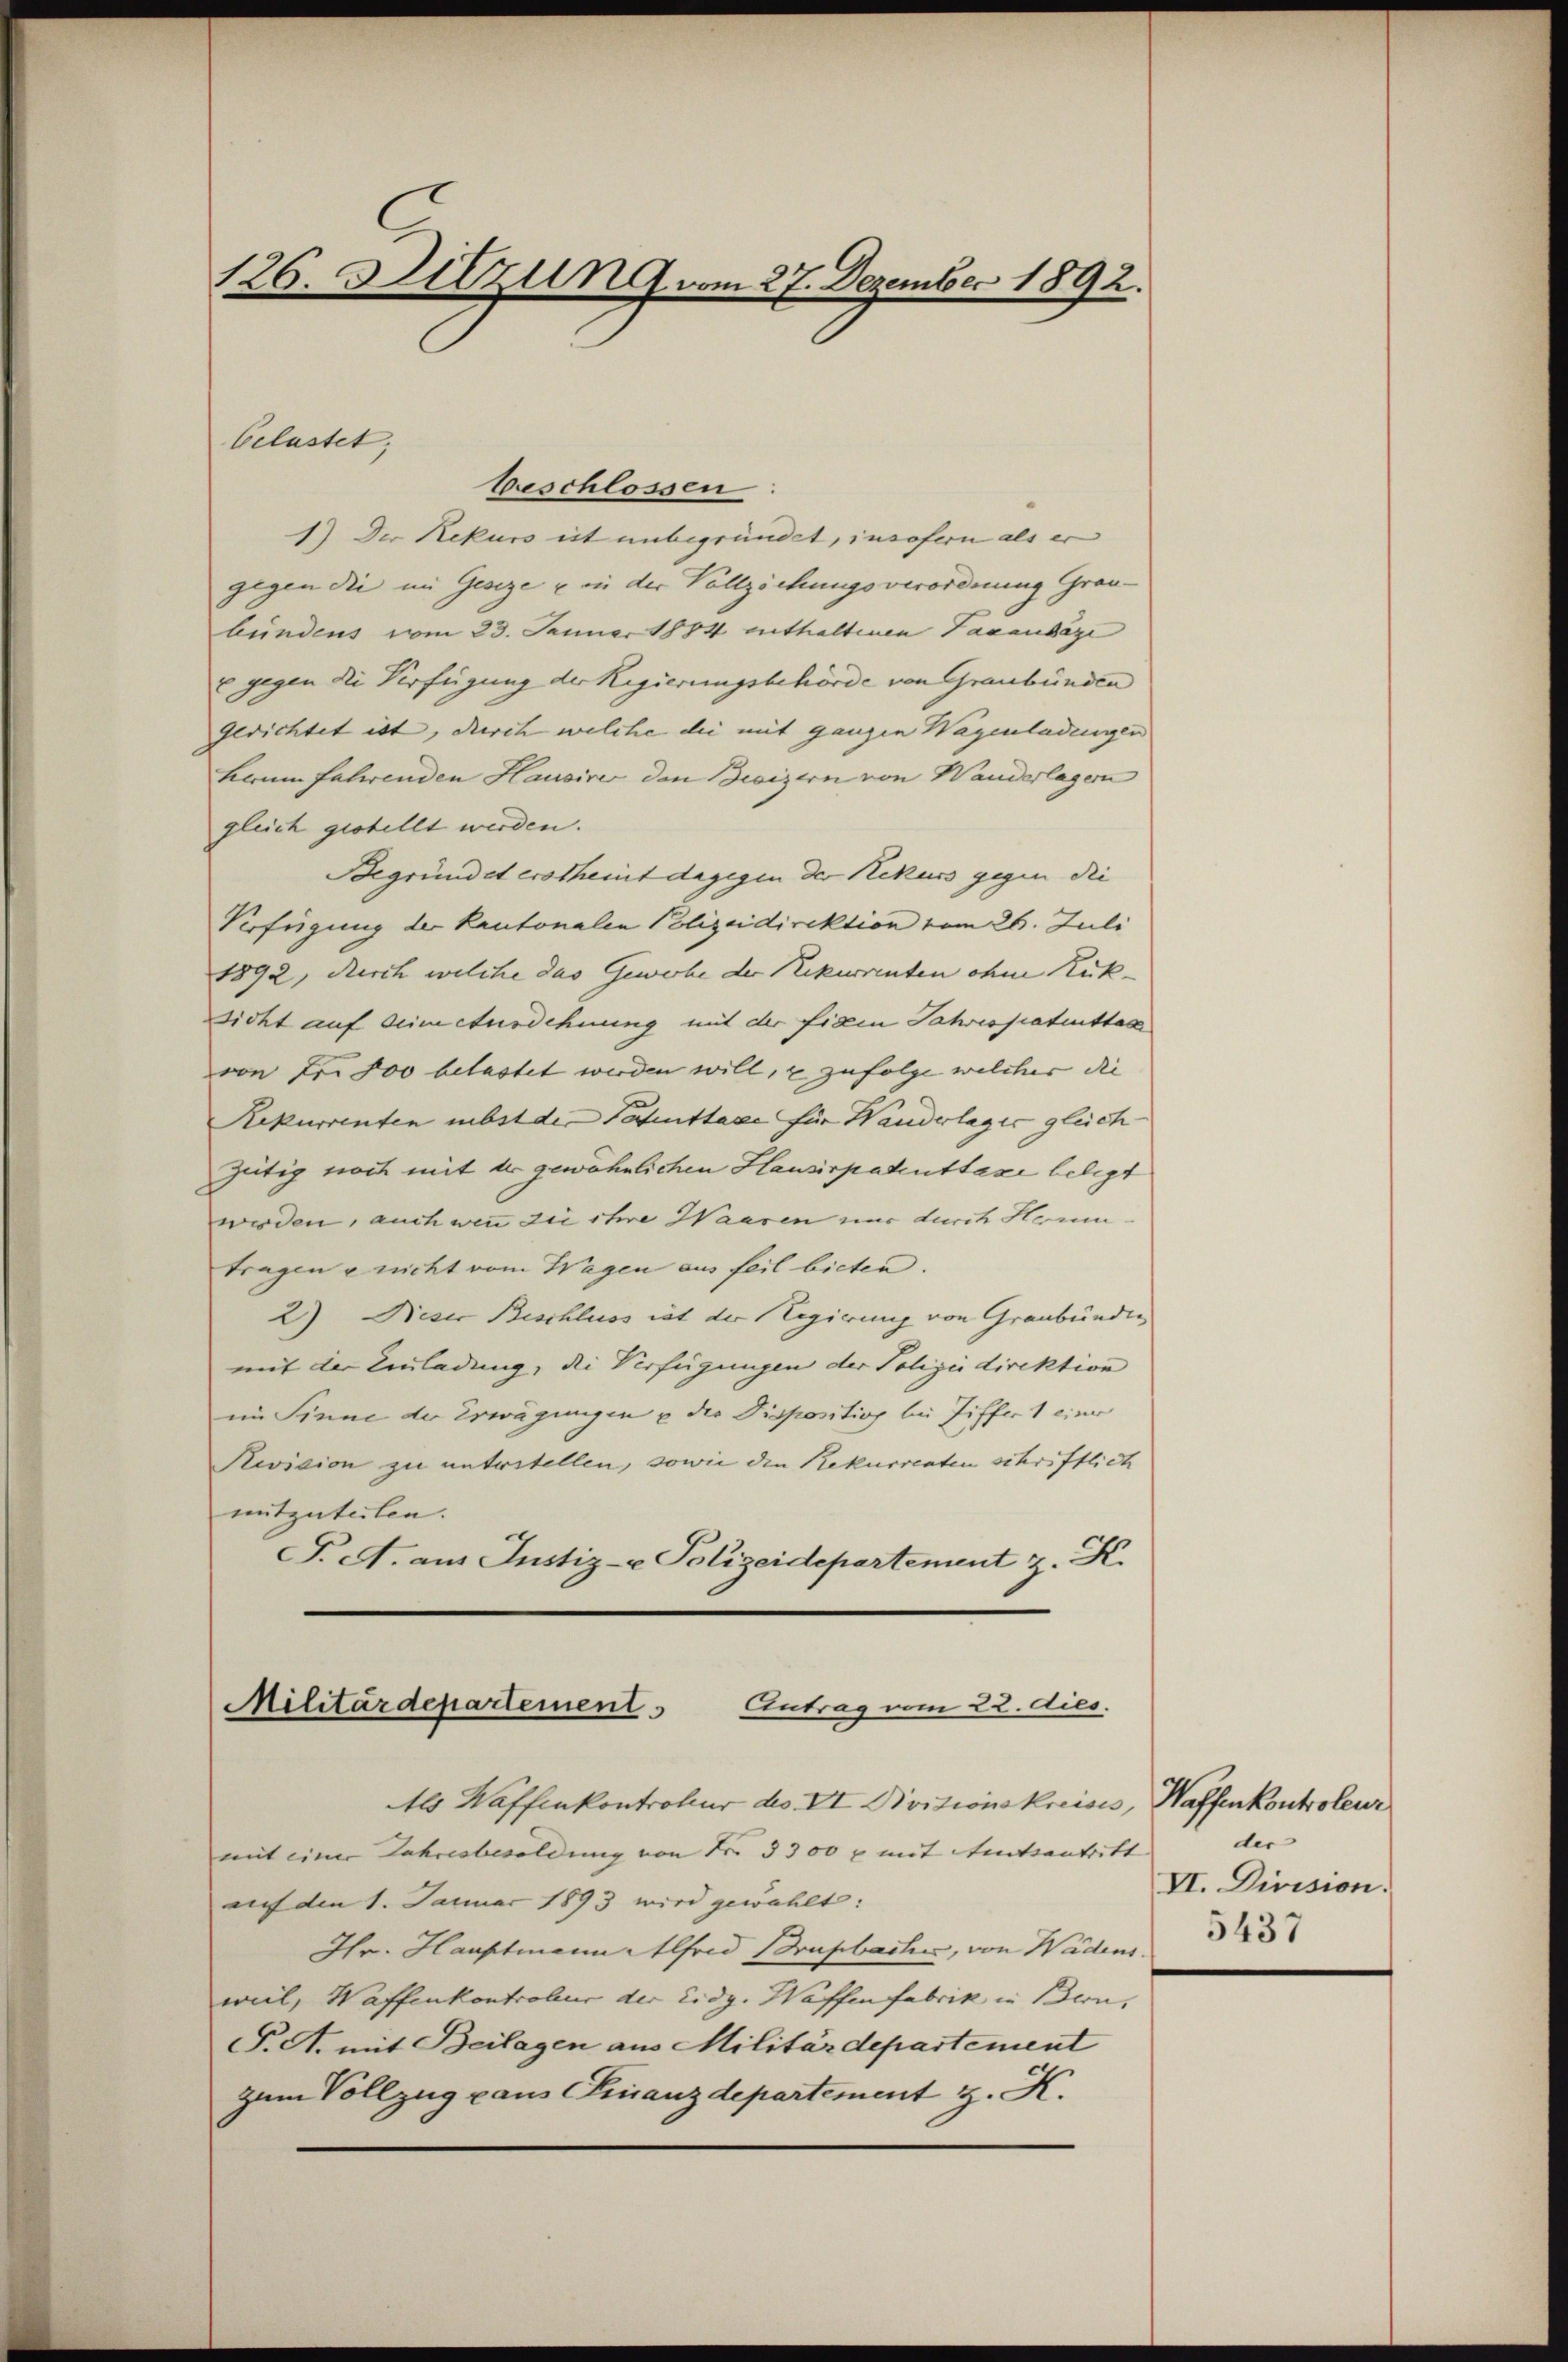
126. Sitzung vom 27. Dezember 1892.

beschlossen
1) Der Rekurs est unbegründet, insofern als er
gegen die im Geseze u in der Vollziehungsverordnung Graubundens vom 23. Januar 1884 enthaltenen Taxausäge
x gegen die Verfügung der Regierungsbehörde von Graubünden
gerichtet ist, durch welche die mit ganzen Wagenladungen
kaum fahrenden Hausirer den Besizern von Wanderlagern
gleich gestellt werden.
Begründet ertheint dagegen der Rekurs gegen die
Verfügung der Kantonalen Polizeidirektion vom 26. Juli
1892, durch welche das Gewerbe der Rekurrenten ohne Rück- |
sicht auf Simetusdehnung mit der fixen Jahres patrittes
von Fr. 800 belastet werden will, u zufolge welcher die
Rekurrenten nebst der Tanttaxe für Wanderlages gleich
gütig noch mit der gewöhnlichen Hausirpakuttaxe belegt
werden, auch wenn die ihre Waaren nur durch Hrumtragen u nicht vom Wagen aus feil bieten.
2.) Dieser Beschluss ist der Regierung von Graubünden
mit der Einladung, die Verfügungen der Polizeidirektion
im Sinne der Erwägungen u die Dispositiog bei Ziffert eine
Pecision zu unterstellen, sowie den Rekurrenten schriftlich
mitzuteilen.
F. A. aus Justiz- u Polizeidepartement z. K.

Celastet

Antrag vom 22. dies.
Militärdepartement

M Waffenkontrokur des VI. Divitionskreises, Waffenkontroleur
mit einer Jahresbesoldung von Fr. 3300 x mit tatsantritt
auf den 1. Januar 1893 wird gewählt:
Hr. Hauptmann Alfred Brupbache, von Wädens.
weil, Waffenkontroleur der Eidg. Waffen fabrik in Bern,
P.A. mit Beilagen aus Militärdepartement
zum Vollzug aus Finanzdepartement z. K.

der
VI. Division.
5437